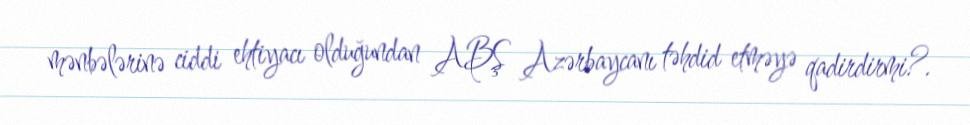
mənbələrinə ciddi ehtiyacı olduğundan ABŞ Azərbaycanı təhdid etməyə qadirdirmi?.